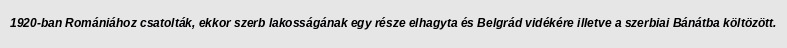
1920-ban Romániához csatolták, ekkor szerb lakosságának egy része elhagyta és Belgrád vidékére illetve a szerbiai Bánátba költözött.